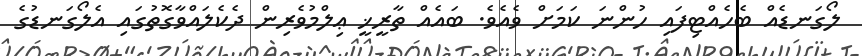
ލޯގަނޑެއް ބެހެއްޓިފައި ހުންނަ ކަމަށް ވެއެވެ. ބައެއް ތާރީޚީ ޢިލްމުވެރިން ދެކެލައްވާގޮތުގައި އެލޯގަނޑުގެ